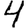
Digit: 4